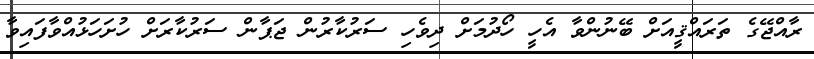
ރާއްޖޭގެ ތަރައްޤީއަށް ބޭނުންވާ އެހީ ހޯދުމަށް ދިވެހި ސަރުކާރުން ޖަޕާން ސަރުކާރަށް ހުށަހަޅުއްވާފައިވާ